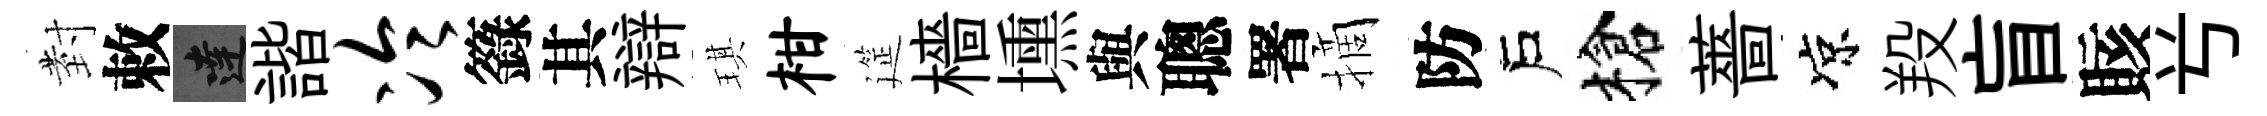
𭔹敕達諧冷籙其辯琪柑筵檣壎與聰署摘防戶槍薔凉羖盲賅𠔃